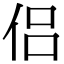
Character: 侣